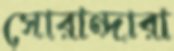
সোরান্দারা